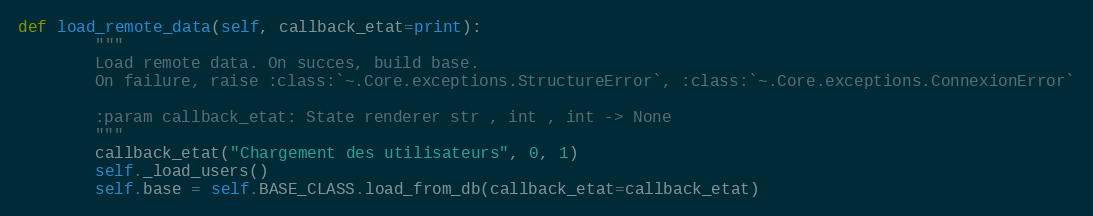
Language: Python
def load_remote_data(self, callback_etat=print):
        """
        Load remote data. On succes, build base.
        On failure, raise :class:`~.Core.exceptions.StructureError`, :class:`~.Core.exceptions.ConnexionError`

        :param callback_etat: State renderer str , int , int -> None
        """
        callback_etat("Chargement des utilisateurs", 0, 1)
        self._load_users()
        self.base = self.BASE_CLASS.load_from_db(callback_etat=callback_etat)